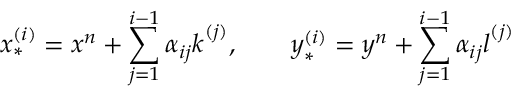
\boldsymbol { x } _ { * } ^ { ( i ) } = \boldsymbol { x } ^ { n } + \sum _ { j = 1 } ^ { i - 1 } \alpha _ { i j } \boldsymbol { k } ^ { ( j ) } , \qquad \boldsymbol { y } _ { * } ^ { ( i ) } = \boldsymbol { y } ^ { n } + \sum _ { j = 1 } ^ { i - 1 } \alpha _ { i j } \boldsymbol { l } ^ { ( j ) }